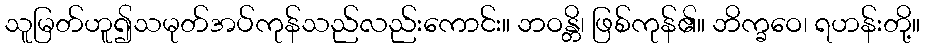
သူမြတ်ဟူ၍သမုတ်အပ်ကုန်သည်လည်းကောင်း။ ဘဝန္တိ၊ ဖြစ်ကုန်၏။ ဘိက္ခဝေ၊ ရဟန်းတို့။